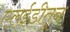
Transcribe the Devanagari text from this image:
एल्ईडीतून